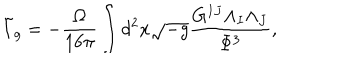
\tilde { I } _ { g } = - \frac { \Omega } { 1 6 \pi } \int d ^ { 2 } x \sqrt { - g } \frac { G ^ { I J } \Lambda _ { I } \Lambda _ { J } } { \Phi ^ { 3 } } ,